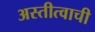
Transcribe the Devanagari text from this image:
अस्तीत्वाची